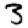
Digit: 3